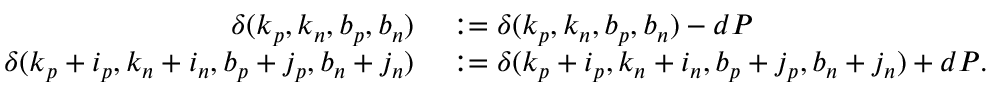
\begin{array} { r l } { \delta ( k _ { p } , k _ { n } , b _ { p } , b _ { n } ) } & { { } : = \delta ( k _ { p } , k _ { n } , b _ { p } , b _ { n } ) - d P } \\ { \delta ( k _ { p } + i _ { p } , k _ { n } + i _ { n } , b _ { p } + j _ { p } , b _ { n } + j _ { n } ) } & { { } : = \delta ( k _ { p } + i _ { p } , k _ { n } + i _ { n } , b _ { p } + j _ { p } , b _ { n } + j _ { n } ) + d P . } \end{array}